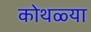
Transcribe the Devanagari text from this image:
कोथळ्या